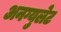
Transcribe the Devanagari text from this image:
अनग्युलेट